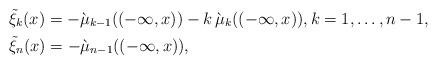
LaTeX: \begin{align*}&\tilde{\xi}_k(x)=-\grave\mu_{k-1}((-\infty,x))-k\,\grave\mu_k((-\infty,x)),k=1,\dots,n-1,\\&\tilde\xi_n(x)=-\grave\mu_{n-1}((-\infty,x)),\end{align*}